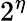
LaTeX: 2^{\eta}